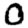
Digit: 0